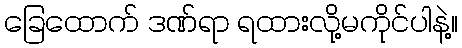
ခြေထောက် ဒဏ်ရာ ရထားလို့မကိုင်ပါနဲ့။